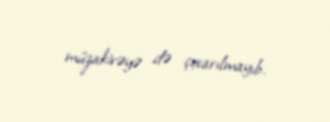
müzakirəyə də çıxarılmayıb.